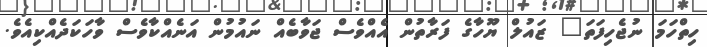
ހިތްހަމަ ނުޖެހިފަތަ" ޒައުލް ޔޫހާގެ ފަރާތުން އެއްވެސް ޖަވާބެއް ނައުމުން އަނެއްކާވެސް ވާހަކަދެއްކިއެވެ.